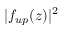
| f _ { u p } ( z ) | ^ { 2 }